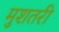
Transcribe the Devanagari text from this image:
मुशतरी